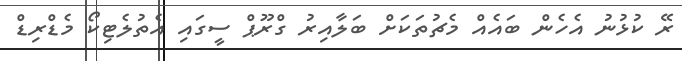
ރޭ ކުޅުނު އެހެން ބައެއް މެޗުތަކަށް ބަލާއިރު ގްރޫޕް ސީގައި އެތުލެޓިކޯ މެޑްރިޑް